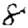
Digit: 8